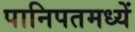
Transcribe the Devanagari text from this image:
पानिपतमध्यें